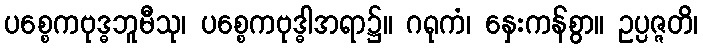
ပစ္စေကဗုဒ္ဓဘူမီသု၊ ပစ္စေကဗုဒ္ဓါအရာ၌။ ဂရုကံ၊ နှေးကန်စွာ။ ဥပ္ပဇ္ဇတိ၊